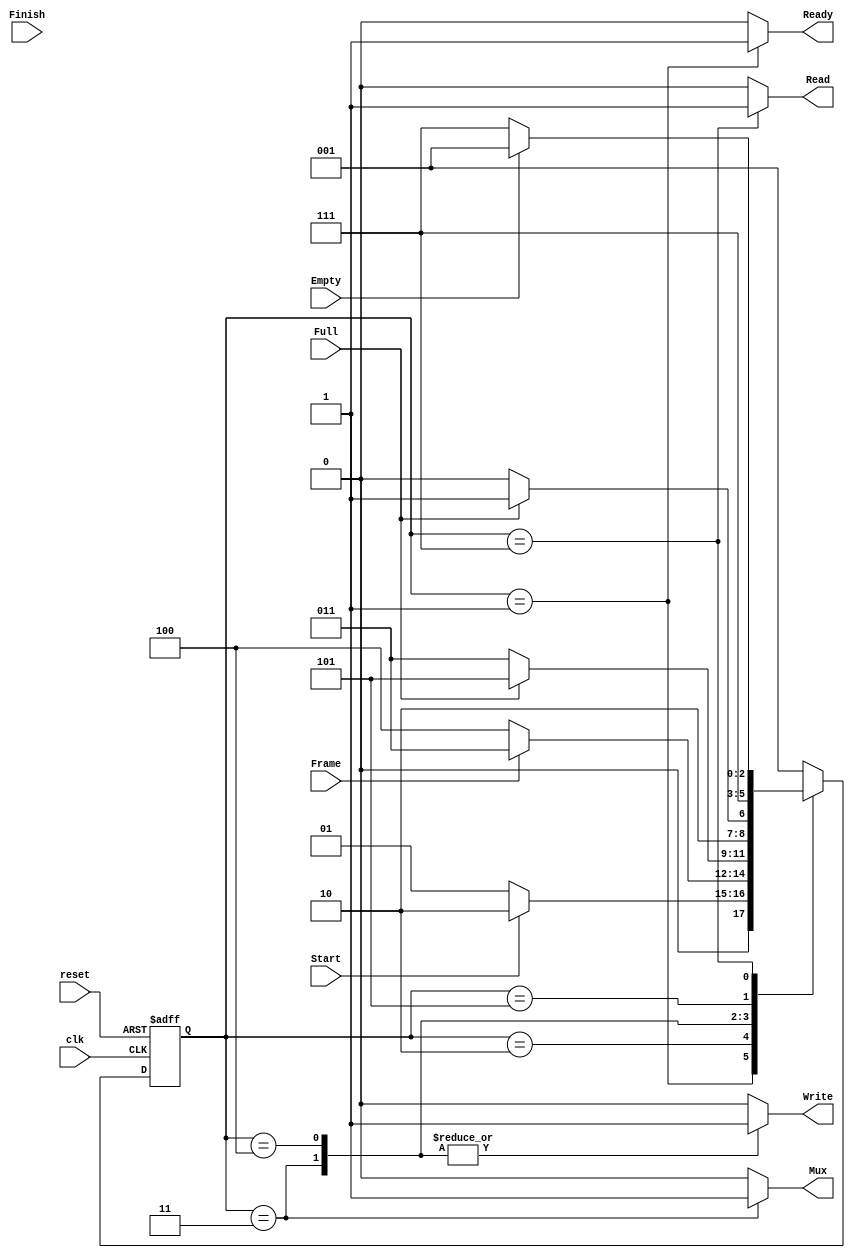
 
module Moore_State_Machine_2
(
	// Input Ports
	input clk,
	input reset,
	input Start,
	input Frame,
	input Finish,
	input Full,
	input Empty,

	// Output Ports
	output Mux,
	output Read,
	output Write,
	output Ready	
);

localparam IDLE = 1;
localparam FRAME = 2;
localparam LOAD_CH1 = 3;
localparam LOAD_CH2 = 4;
localparam FINISH = 5;
localparam READ_FIFO = 7; 

reg [2:0] state; 

reg mux_reg;
reg read_reg;
reg write_reg;
reg ready_reg;
/*------------------------------------------------------------------------------------------*/
/*Asignacion de estado, proceso secuencial*/
always@(posedge clk, negedge reset) begin

	if(reset == 1'b0)
			state <= IDLE;
	else 
		case(state)
			
			IDLE:
				if(Start == 1'b1)
					state <= FRAME;
				else
					state <= IDLE;					
			FRAME:
				if (Frame == 1'b1)
					state <= LOAD_CH1;
				else 
					state <= LOAD_CH2;	
			LOAD_CH1:
				if(Full)
					state <= FINISH;
				else
					state <= LOAD_CH1;
			LOAD_CH2:
				if(Full)
					state <= FINISH;
				else
					state <= LOAD_CH2;	
			FINISH:
					state <= READ_FIFO;
					
			READ_FIFO:
				if (Empty == 1'b1)
					state <= IDLE;
				else 
					state <= READ_FIFO;
					
			default:
					state <= IDLE;

			endcase
end//end always
/*------------------------------------------------------------------------------------------*/
/*Asignacin de salidas,proceso combintorio*/
always@(*) begin
	mux_reg = 1'b0;
	read_reg = 1'b0;
	write_reg = 1'b0;
	ready_reg = 1'b0;
	
	 case(state)
		IDLE: 
			begin
				ready_reg = 1'b1;
			end

		LOAD_CH1: 
			begin
				mux_reg = 1'b1;
				write_reg = 1'b1;
			end
		LOAD_CH2:
			begin
				write_reg = 1'b1;
			end

		READ_FIFO:
			begin
				read_reg = 1'b1;
			end
	default: 		
			begin
				mux_reg = 1'b0;
				read_reg = 1'b0;
				write_reg = 1'b0;
				ready_reg = 1'b0;
			end

	endcase
end

// Asingnacin de salidas

assign Mux = mux_reg;
assign Read = read_reg;
assign Write = write_reg;
assign Ready = ready_reg;

endmodule